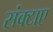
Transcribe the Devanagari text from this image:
संक्टाए